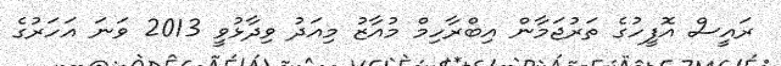
ރައީސް އޮފީހުގެ ތަރުޖަމާން އިބްރާހިމް މުއާޒު މިއަދު ވިދާޅުވީ 2013 ވަނަ އަހަރުގެ